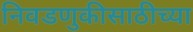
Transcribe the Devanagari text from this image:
निवडणुकीसाठीच्या